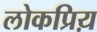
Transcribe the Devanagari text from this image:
लोकप्रिय़